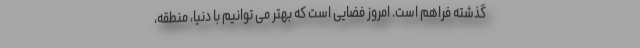
گذشته فراهم است. امروز فضایی است که بهتر می توانیم با دنیا، منطقه،